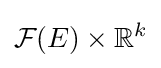
{\mathcal {F}}(E)\times \mathbb {R} ^{k}